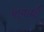
માવાથી